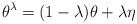
\begin{align*}\theta^{\lambda} = (1-\lambda)\theta + \lambda\eta\end{align*}